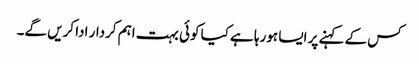
کس کے کہنے پر ایسا ہورہا ہے کیا کوئی بہت اہم کردار ادا کریں گے۔